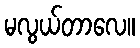
မလွယ်တာလေ။